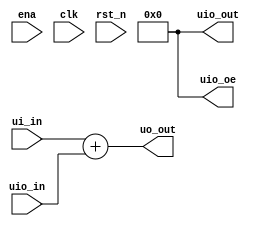
/*
 * Copyright (c) 2024 Your Name
 * SPDX-License-Identifier: Apache-2.0
 */

`default_nettype none

module tt_um_example (
    input  wire [7:0] ui_in,    // Dedicated inputs
    output wire [7:0] uo_out,   // Dedicated outputs
    input  wire [7:0] uio_in,   // IOs: Input path
    output wire [7:0] uio_out,  // IOs: Output path
    output wire [7:0] uio_oe,   // IOs: Enable path (active high: 0=input, 1=output)
    input  wire       ena,      // always 1 when the design is powered, so you can ignore it
    input  wire       clk,      // clock
    input  wire       rst_n     // reset_n - low to reset
);

  // All output pins must be assigned. If not used, assign to 0.
  assign uo_out  = ui_in + uio_in;  // Example: ou_out is the sum of ui_in and uio_in
  assign uio_out = 0;
  assign uio_oe  = 0;

  // List all unused inputs to prevent warnings
  wire _unused = &{ena, clk, rst_n, 1'b0};

endmodule